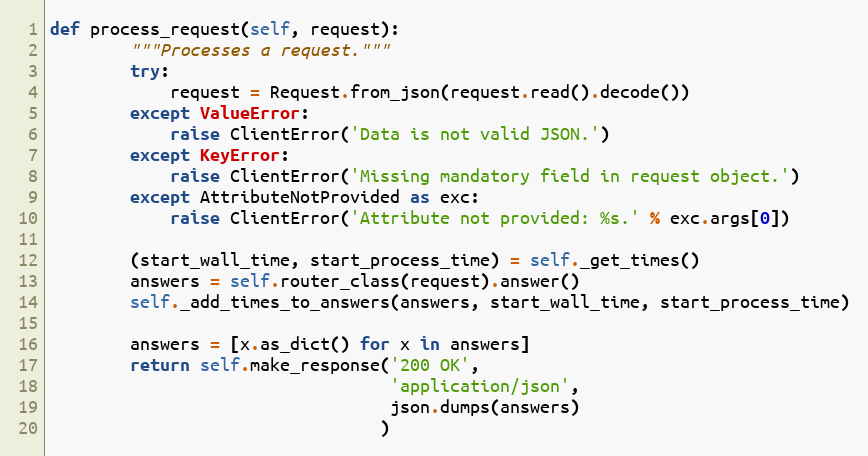
Language: Python
def process_request(self, request):
        """Processes a request."""
        try:
            request = Request.from_json(request.read().decode())
        except ValueError:
            raise ClientError('Data is not valid JSON.')
        except KeyError:
            raise ClientError('Missing mandatory field in request object.')
        except AttributeNotProvided as exc:
            raise ClientError('Attribute not provided: %s.' % exc.args[0])

        (start_wall_time, start_process_time) = self._get_times()
        answers = self.router_class(request).answer()
        self._add_times_to_answers(answers, start_wall_time, start_process_time)

        answers = [x.as_dict() for x in answers]
        return self.make_response('200 OK',
                                  'application/json',
                                  json.dumps(answers)
                                 )